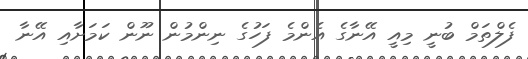
ފެލްތަމް ބުނީ މިއީ އޭނާގެ އެންމެ ފަހުގެ ނިންމުން ނޫން ކަމަށާއި އޭނާ